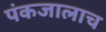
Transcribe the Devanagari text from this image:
पंकजालाच